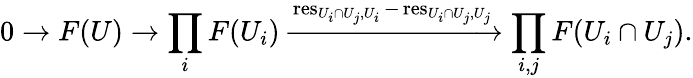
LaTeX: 0\to F(U)\to\prod_{i}F(U_{i})\xrightarrow{\operatorname{res}_{U_{i}\cap U_{j},U_{i}}-\operatorname{res}_{U_{i}\cap U_{j},U_{j}}}\prod_{i,j}F(U_{i}\cap U_{j}).